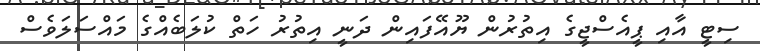
ސިޓީ އާއި ޕީއެސްޖީގެ އިތުރުން ޔޫއޭފައިން ދަނީ އިތުރު ހަތް ކުލަބެއްގެ މައްސަލަވެސް